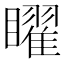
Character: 矅